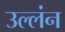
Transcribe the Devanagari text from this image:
उल्लंन